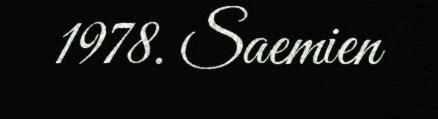
1978. Saemien